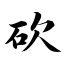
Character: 砍